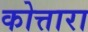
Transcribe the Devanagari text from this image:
कोत्तारा